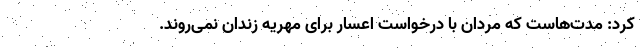
کرد: مدت‌هاست که مردان با درخواست اعسار برای مهریه زندان نمی‌روند.